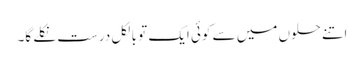
اتنے حلوں میں سے کوئی ایک تو بالکل درست نکلے گا۔